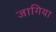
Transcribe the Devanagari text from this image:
जागिया